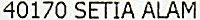
40170 SETIA ALAM